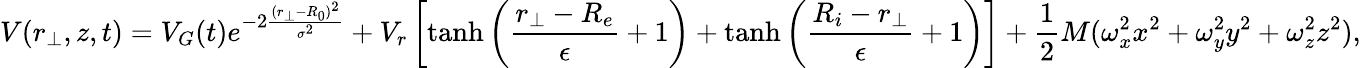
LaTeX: V(r_{\perp},z,t)=V_{G}(t)e^{-2\frac{(r_{\perp}-R_{0})^{2}}{\sigma^{2}}}+V_{r}\left[\operatorname{tanh}\left(\frac{r_{\perp}-R_{e}}{\epsilon}+1\right)+\operatorname{tanh}\left(\frac{R_{i}-r_{\perp}}{\epsilon}+1\right)\right]+\frac{1}{2}M(\omega_{x}^{2}x^{2}+\omega_{y}^{2}y^{2}+\omega_{z}^{2}z^{2}),